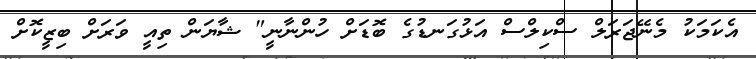
އެކަމަކު މެނޭޖަރަލް ސްކިލްސް އަޅުގަނޑުގެ ބޮޑަށް ހުންނާނީ" ޝާޔަން ތިއީ ވަރަށް ބިޒީކޮށް